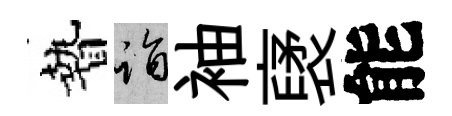
贄诣袖裦能